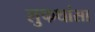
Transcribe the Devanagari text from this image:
लुफथांसा